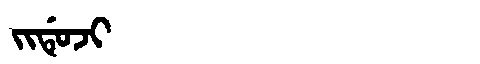
Manchu: ᠵᡳᡩᡠᠵᡳ
Romanization: JIDUJI